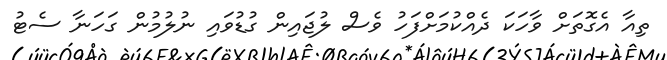
ތިއާ އެގޮތަށް ވާހަކަ ދެއްކުމަށްފަހު ވެސް ލުޖައިން ގުޑުވައި ނުލުމުން ގަހަނާ ސެޓު